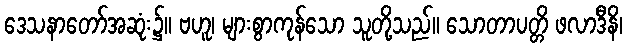
ဒေသနာတော်အဆုံး၌။ ဗဟူ၊ များစွာကုန်သော သူတို့သည်။ သောတာပတ္တိ ဖလာဒီနိ၊